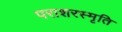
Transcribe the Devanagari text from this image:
पराशरस्मृति